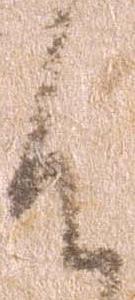
候